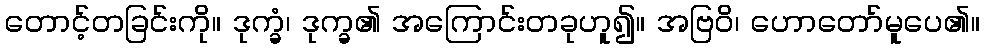
တောင့်တခြင်းကို။ ဒုက္ခံ၊ ဒုက္ခ၏ အကြောင်းတခုဟူ၍။ အဗြဝိ၊ ဟောတော်မူပေ၏။